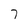
Character: 7